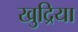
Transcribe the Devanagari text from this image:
खुद्रिया